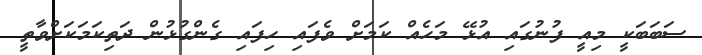
ސަބަބަކީ މިއީ ފުނުގައި އުޅޭ މަހެއް ކަމަށް ވެފައި ހިފައި ގެންގުޅުން ދަތިކަމަކަށްވާތީ